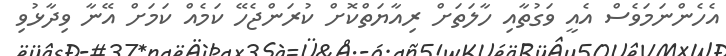
އެހެންނަމަވެސް އެއީ ވަގުތާއި ހާލަތަށް ރިއާޔަތްކޮށް ކުރަންޖެހޭ ކަމެއް ކަމަށް އޭނާ ވިދާޅުވި